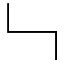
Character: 𠃑